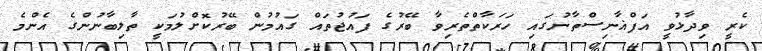
ކެރީ ވިދާޅުވީ އަފްޣާނިސްތާނުގައި ހަރަކާތްތެރިވާ ބޭރުގެ ފައުޖުތައް ގައުމުން ބޭރުކޮށްލުމަކީ ތާލިބާނުންގެ އެންމެ